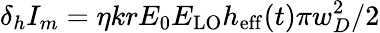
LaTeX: \delta_{h}I_{m}=\eta krE_{0}E_{\mathrm{LO}}h_{\mathrm{eff}}(t)\pi w_{D}^{2}/2